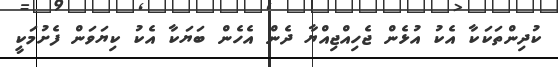
ކުދިންތަކަކާ އެކު އުޅެން ޖެހިއްޖިއްޔާ ދެން އެހެން ބަޔަކާ އެކު ކިޔަވަން ފެށުމަކީ